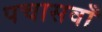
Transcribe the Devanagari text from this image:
पचासवाँ